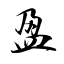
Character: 盈